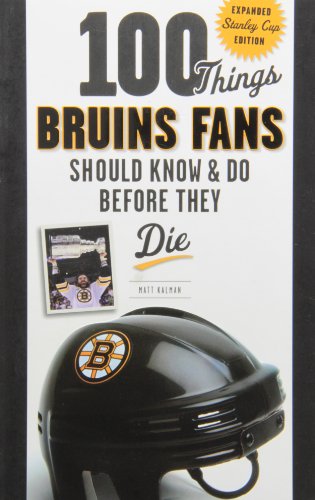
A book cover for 100 Things Bruins Fans Should Know & Do Before They Die (100 Things...Fans Should Know); Matt Kalman; Sports & Outdoors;